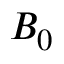
B _ { 0 }